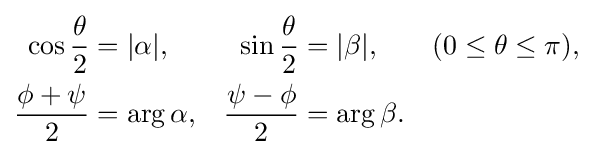
{\begin{aligned}\cos {\frac {\theta }{2}}&=|\alpha |,&\sin {\frac {\theta }{2}}&=|\beta |,&(0\leq \theta \leq \pi ),\\{\frac {\phi +\psi }{2}}&=\arg \alpha ,&{\frac {\psi -\phi }{2}}&=\arg \beta .&\end{aligned}}